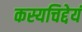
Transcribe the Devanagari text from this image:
कस्यचिद्देयं